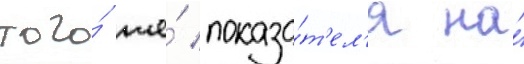
того́ же́ показа́т'ел'я на́